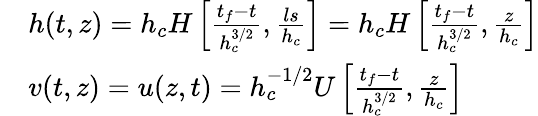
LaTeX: \begin{array}{rl}&{h(t,z)=h_{c}H\left[\frac{t_{f}-t}{h_{c}^{3/2}},\frac{ls}{h_{c}}\right]=h_{c}H\left[\frac{t_{f}-t}{h_{c}^{3/2}},\frac{z}{h_{c}}\right]}\\ &{v(t,z)=u(z,t)=h_{c}^{-1/2}U\left[\frac{t_{f}-t}{h_{c}^{3/2}},\frac{z}{h_{c}}\right]}\end{array}